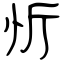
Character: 忻